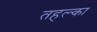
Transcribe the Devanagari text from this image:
तहल्‍का